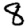
Digit: 8